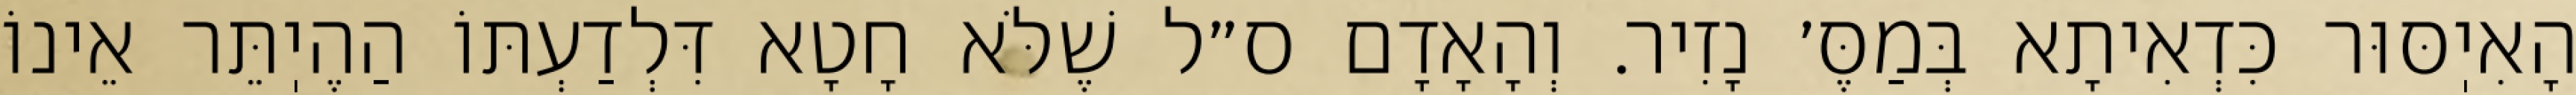
הָאִיֽסּוּר כִּדְאִיתָא בְּמַסֶּ׳ נָזִיר. וְהָאָדָם ס״ל שֶׁלֹּא חָטָא דִּלְדַעְתּוֹ הַהֶיֽתֵּר אֵינוֹ